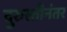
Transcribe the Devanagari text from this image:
दुरुस्तीनंतर